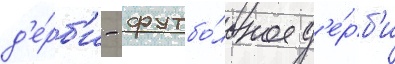
д'е́рб'и - футбо́льное д'е́рб'и